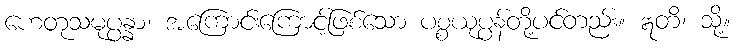
ဟေတုသမုပ္ပန္နာ၊ အကြောင်းကြောင့်ဖြစ်သော ပစ္စယုပ္ပန်တို့ပင်တည်း။ ဣတိ၊ သို့။